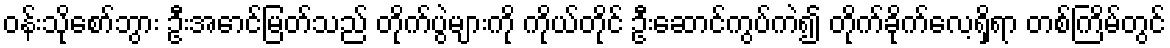
ဝန်းသိုစော်ဘွား ဦးအောင်မြတ်သည် တိုက်ပွဲများကို ကိုယ်တိုင် ဦးဆောင်ကွပ်ကဲ၍ တိုက်ခိုက်လေ့ရှိရာ တစ်ကြိမ်တွင်